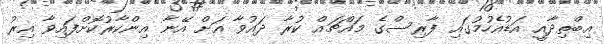
އިބްތިދާއީ އަޑުއެހުމުގައި ފާރިސްގެ މައްޗައް ކުރާ ދައުވާ އަށް އޭނާ އިންކާރުކޮށްފައިވާ އިރު